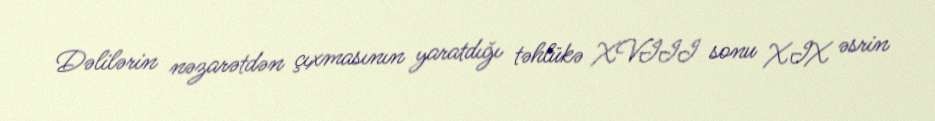
Dəlilərin nəzarətdən çıxmasının yaratdığı təhlükə XVIII sonu XIX əsrin